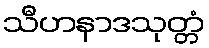
သီဟနာဒသုတ္တံ